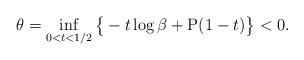
LaTeX: \begin{align*}\theta = \inf_{0< t< 1/2} \big\{-t\log\beta + \mathrm{P}(1-t)\big\} <0.\end{align*}